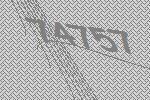
74757